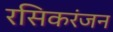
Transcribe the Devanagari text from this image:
रसिकरंजन